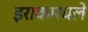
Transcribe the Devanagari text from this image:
इराकमधले